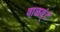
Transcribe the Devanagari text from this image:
वाळव्ंट